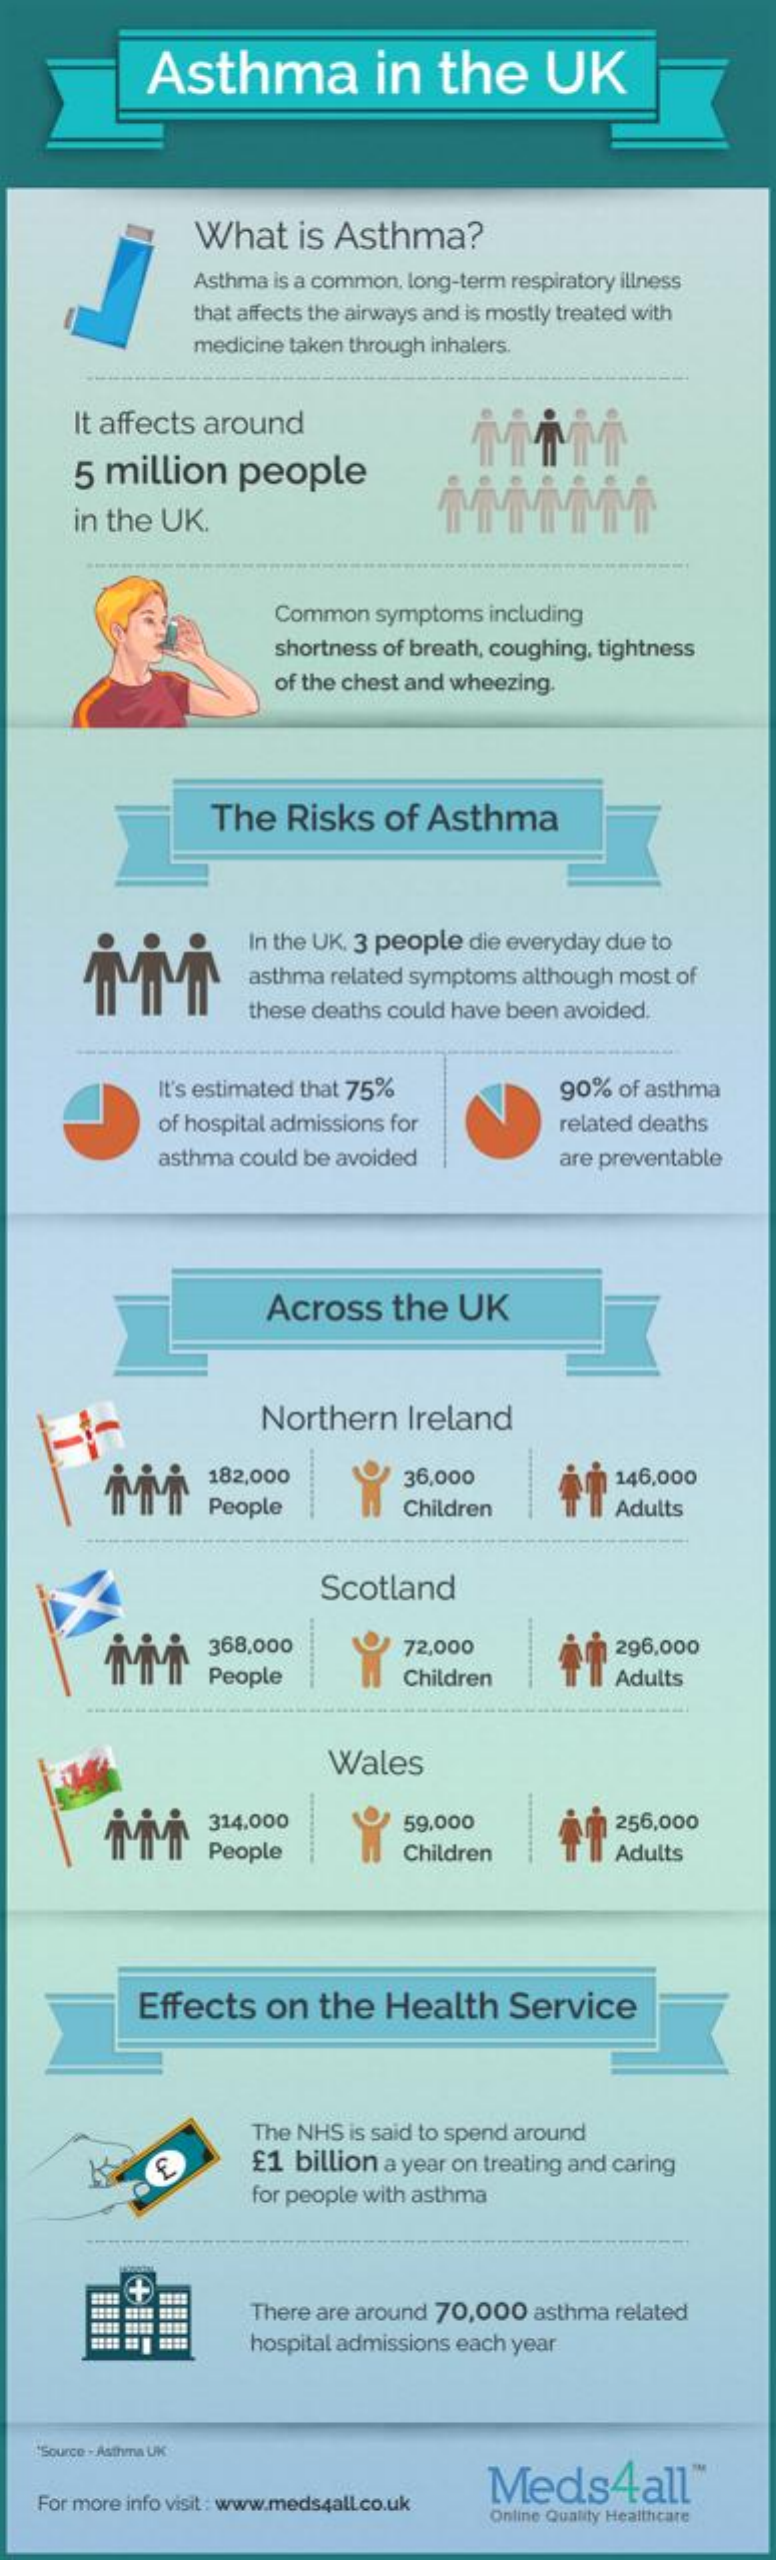
Asthma    in    the    UK
     What    is Asthma?
     Asthma is a common, long-term respiratory illness
     that affects the airways and is mostly treated with
     medicine taken through inhalers.
     It affects around
     5 million    people
     in the UK.
     Common   symptoms  including
     shortness of breath, coughing, tightness
     of the chest and wheezing.
     The   Risks    of  Asthma
     In the UK. 3 people die everyday due to
     asthma  related symptoms although most of
     these deaths could have been avoided.
     It's estimated that 75%    90%  of asthma
     of hospital admissions for    related deaths
     asthma could be avoided    are preventable
     Across    the   UK
     Northern    Ireland
     .......... 182,000 36,000  146,000
     People    Children    Adults
     Scotland
     368,000    72,000    296,000
     People    Children    Adults
     Wales
     314.000    59.000    256,000
     People    Children    Adults
     Effects    on  the   Health    Service
     The NHS is said to spend around
     £1 billion a year on treating and caring
     for people with asthma
     There are around 70,000  asthma related
     hospital admissions each year
    "Source - Asthma UK
     Meds4all"
   For more info visit : www.meds4all.co.uk
     Online Quality Healthcare